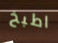
اطبخ